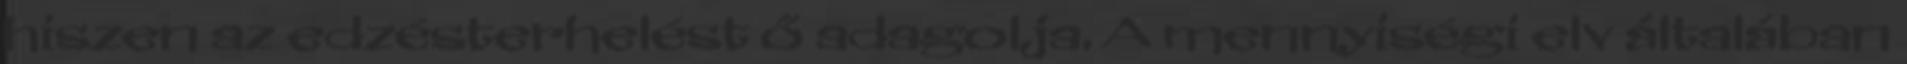
hiszen az edzésterhelést ő adagolja. A mennyiségi elv általában